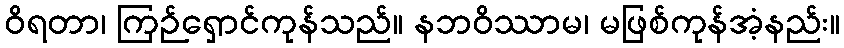
ဝိရတာ၊ ကြဉ်ရှောင်ကုန်သည်။ နဘဝိဿာမ၊ မဖြစ်ကုန်အံ့နည်း။